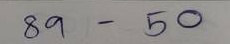
89 - 50